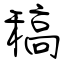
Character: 稿